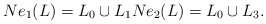
\begin{align*}Ne_1(L)=L_0 \cup L_1 Ne_2(L)=L_0 \cup L_3.\end{align*}